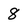
Character: 8